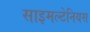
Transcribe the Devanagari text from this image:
साइमल्टेनियस